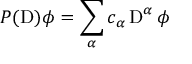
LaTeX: P ( \operatorname { D } ) \phi = \sum _ { \alpha } c _ { \alpha } \operatorname { D } ^ { \alpha } \phi